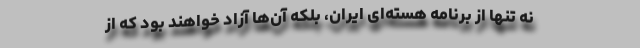
نه تنها از برنامه هسته‌ای ایران، بلکه آن‌ها آزاد خواهند بود که از